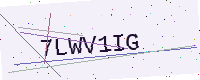
Text: 7LWV1IG